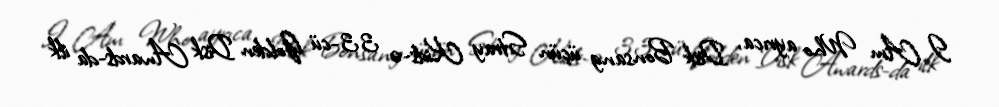
I Am Who ayrıca, Disk Bonsang üçün Stray Kids-ə 33-cü Golden Disk Awards-da ilk